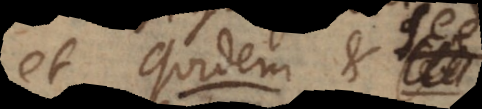
et quidem et